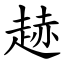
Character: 䞰